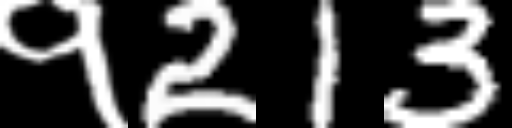
Text: १213